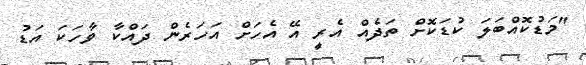
"މަޑުކޮއްބަލަ ކުޑަކޮށް ތަދެއް އެރީ އޭ އެހަށް އަހަރެން ދައްކާ ވާހަކަ އަޑު